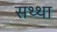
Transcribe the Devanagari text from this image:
सथ्था